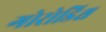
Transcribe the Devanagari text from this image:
गोरोडिश्च